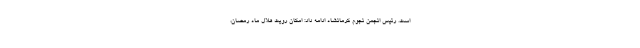
است‌. رئیس انجمن نجوم کرمانشاه ادامه داد: امکان رویت هلال ماه رمضان،